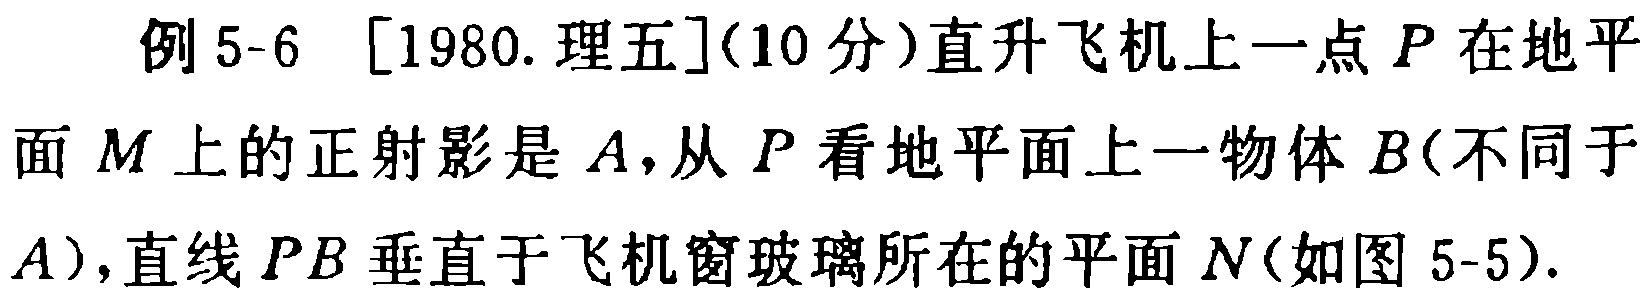
例 5-6 [1980.理五](10 分)直升飞机上一点 \(P\) 在地平面 \(M\) 上的正射影是 \(A\)，从 \(P\) 看地平面上一物体 \(B\)(不同于 \(A\))，直线 \(PB\) 垂直于飞机窗玻璃所在的平面 \(N\)(如图 5-5).